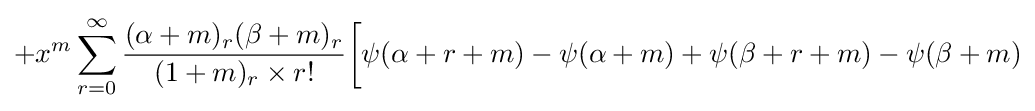
+x^{m}\sum _{r=0}^{\infty }{\frac {(\alpha +m)_{r}(\beta +m)_{r}}{(1+m)_{r}\times r!}}{\bigg [}\psi (\alpha +r+m)-\psi (\alpha +m)+\psi (\beta +r+m)-\psi (\beta +m)